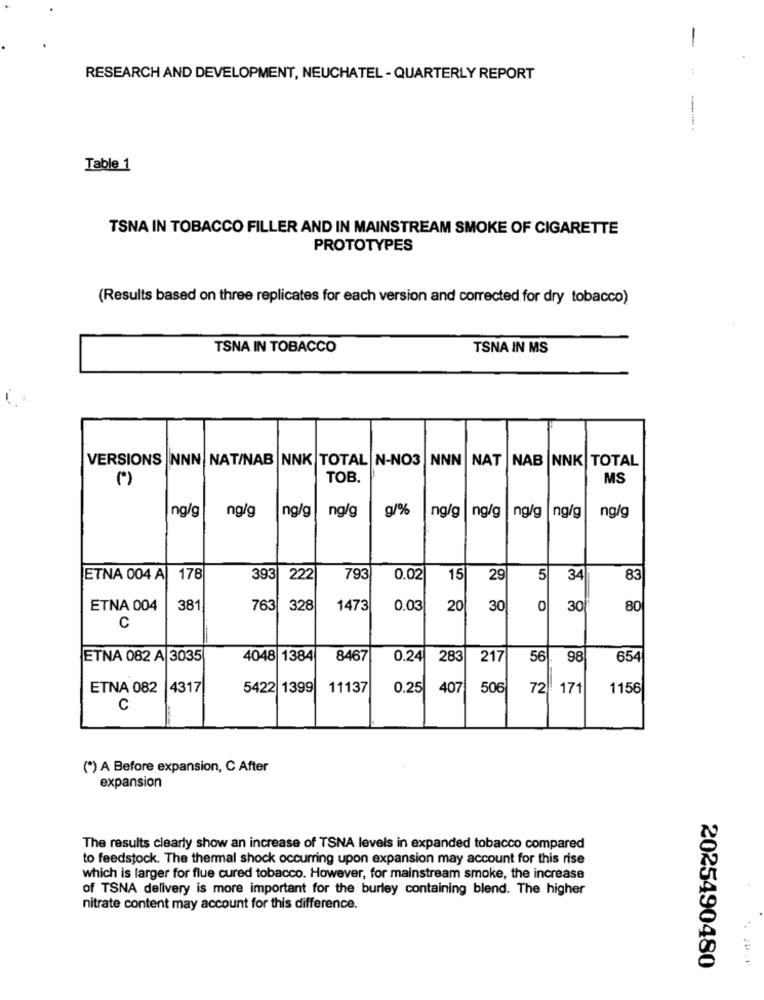
-
RESEARCH AND DEVELOPMENT, NEUCHATEL - QUARTERLY REPORT
---
Table 1
TSNA IN TOBACCO FILLER AND IN MAINSTREAM SMOKE OF CIGARETTE
PROTOTYPES
(Results based on three replicates for each version and corrected for dry tobacco)
TSNA IN TOBACCO
TSNA IN MS
VERSIONS
INNN |NAT/NAB |NNK TOTAL N-NO3
NNN
NAT |NAB NNK TOTAL
(*)
TOB.
MS
g/%
ng/g
ng/g
ng/g
ng/g
ng/g
ng/g
ng/g
ng/g
ng/g
ETNA 004 A
178
393
222
793
0.02
15
29
5
34
83
ETNA 004
381
763
328
1473
0.03
20
30
0
30
80
C
ETNA 082 A 3035
4048 1384
8467
0.24
283
217
56
98
654
ETNA 082
4317
5422 1399
11137
0.25
407
506
72
171
1156
C
(*) A Before expansion, C After
expansion
The results clearly show an increase of TSNA levels in expanded tobacco compared
to feedstock. The thermal shock occurring upon expansion may account for this rise
which is larger for flue cured tobacco. However, for mainstream smoke, the increase
of TSNA delivery is more important for the burley containing blend. The higher
nitrate content may account for this difference.
2025490480